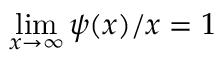
\operatorname* { l i m } _ { x \to \infty } \psi ( x ) / x = 1